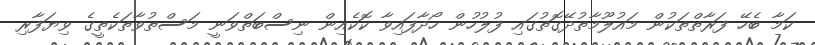
ކަމާ ބެހޭ ފަރާތްތަކުން މައުލޫމާތުދޭގޮތުގައި ފުލުހުން ހޯދާފައިވާ ކޮކެއިން ނިސްބަތްވަނީ މަސްތުވާތަކެތީގެ ވިޔަފާރި